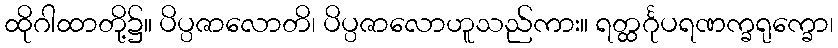
ထိုဂါထာတို့၌။ ပိပ္ပဇာလောတိ၊ ပိပ္ပဇာလောဟူသည်ကား။ ရတ္ထင်္ဂုပရဏက္ခရုက္ခော၊